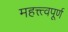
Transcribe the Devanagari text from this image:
महत्त्त्वपूर्ण